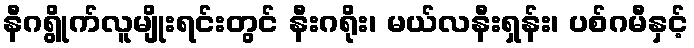
နီဂရွိုက်လူမျိုးရင်းတွင် နီးဂရိုး၊ မယ်လနီးရှန်း၊ ပစ်ဂမီနှင့်